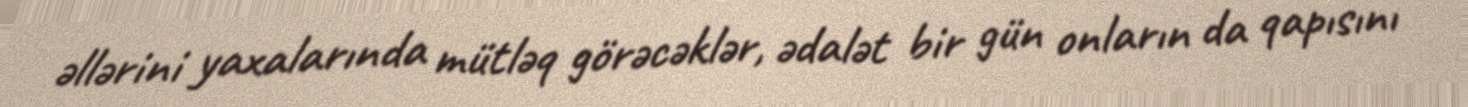
əllərini yaxalarında mütləq görəcəklər, ədalət bir gün onların da qapısını